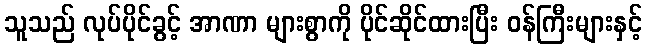
သူသည် လုပ်ပိုင်ခွင့် အာဏာ များစွာကို ပိုင်ဆိုင်ထားပြီး ဝန်ကြီးများနှင့်